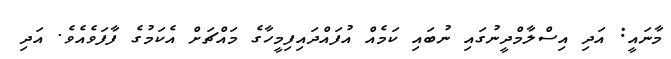
މާނައީ: އަދި އިސްލާމްދީނުގައި ނުބައި ކަމެއް އުފައްދައިފިމީހާގެ މައްޗަށް އެކަމުގެ ފާފަވެއެވެ. އަދި